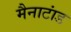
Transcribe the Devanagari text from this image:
मैनाटांड